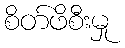
စိတ်ဖိစီးမှု